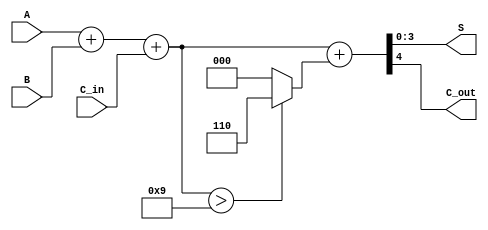
module BCD_Fast_Adder (
    input  [3:0] A,        // First BCD digit
    input  [3:0] B,        // Second BCD digit
    input        C_in,      // Carry input
    output [3:0] S,        // BCD sum output
    output       C_out      // Carry output
);

wire [4:0] S_bin;        // 5-bit to accommodate possible carry
wire correction;          // Correction condition
wire [4:0] corrected_sum; // Corrected sum

// Step 1: Binary addition of A, B and C_in
assign S_bin = A + B + C_in;

// Step 2: Check for BCD correction
assign correction = S_bin > 5'b01001; // Check if sum > 9 (1001 in binary)

// Step 3: Generating the corrected sum
assign corrected_sum = S_bin + (correction ? 5'b00110 : 5'b00000); // Add 6 if correction is needed

// Step 4: Determine outputs
assign S = corrected_sum[3:0]; // BCD output
assign C_out = corrected_sum[4]; // Carry out

endmodule